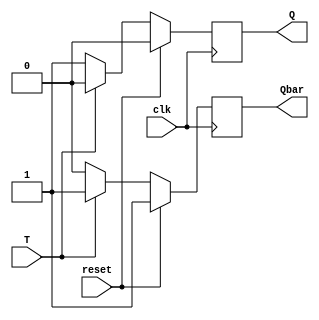
`timescale 1ns / 1ps

module T_FF(
    input clk,
    input reset,
    input T,
    output reg Q,
    output reg Qbar
    );

always @(posedge clk) //synhcronous reset
begin 
Q=1'b1; Qbar=1'b0;

if(reset) begin
Q<=0; Qbar<=1;
end

else if(T) begin
Q<=0; Qbar<=1;
end

else
begin
Q<=1; Qbar<=0;
end

end
endmodule